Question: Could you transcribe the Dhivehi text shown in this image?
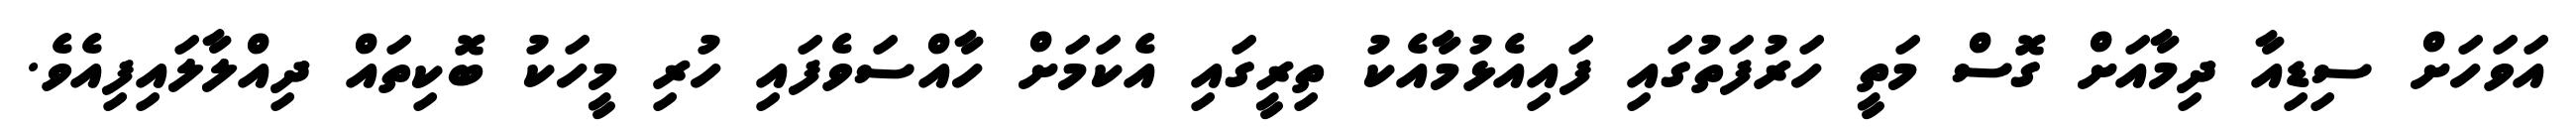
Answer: އަވަހަށް ސިޑިއާ ދިމާއަށް ގޮސް މަތީ ހަރުފަތުގައި ފައިއެޅުމާއެކު ތިރީގައި އެކަމަށް ހާއްސަވެފައި ހުރި މީހަކު ބޮކިތައް ދިއްލާލައިފިއެވެ.